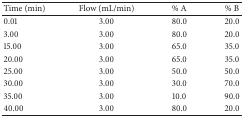
<table><thead><tr><td><b>Time (min)</b></td><td><b>Flow (mL/min)</b></td><td><b>% A</b></td><td><b>% B</b></td></tr></thead><tbody><tr><td>0.01</td><td>3.00</td><td>80.0</td><td>20.0</td></tr><tr><td>3.00</td><td>3.00</td><td>80.0</td><td>20.0</td></tr><tr><td>15.00</td><td>3.00</td><td>65.0</td><td>35.0</td></tr><tr><td>20.00</td><td>3.00</td><td>65.0</td><td>35.0</td></tr><tr><td>25.00</td><td>3.00</td><td>50.0</td><td>50.0</td></tr><tr><td>30.00</td><td>3.00</td><td>30.0</td><td>70.0</td></tr><tr><td>35.00</td><td>3.00</td><td>10.0</td><td>90.0</td></tr><tr><td>40.00</td><td>3.00</td><td>80.0</td><td>20.0</td></tr></tbody></table>